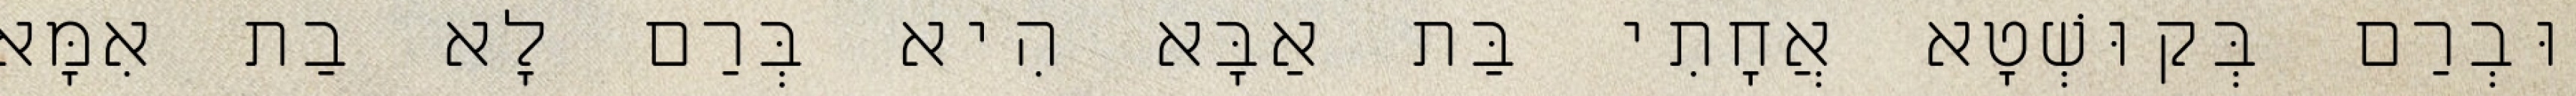
וּבְרַם בְּקוּשְׁטָא אֲחָתִי בַּת אַבָּא הִיא בְּרַם לָא בַת אִמָּא